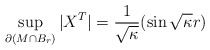
\begin{align*}\sup_{\partial(M\cap B_r)}|X^T| = \dfrac{1}{\sqrt{\kappa}}(\sin \sqrt{\kappa}r)\end{align*}